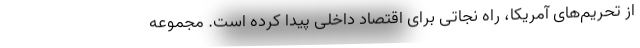
از تحریم‌های آمریکا، راه نجاتی برای اقتصاد داخلی پیدا کرده است. مجموعه